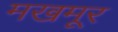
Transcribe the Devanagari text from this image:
मखमूर